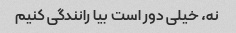
نه، خیلی دور است بیا رانندگی کنیم